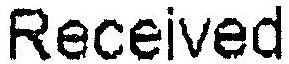
RECEIVED